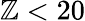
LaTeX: \mathbb{Z}<20